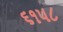
૬૧૫૮